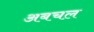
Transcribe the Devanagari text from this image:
अबचल